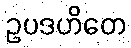
ဥပဒဟိတေ